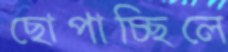
ছোপাচ্ছিলে